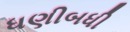
ધણીબધી